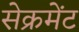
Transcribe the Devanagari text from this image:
सेक्रमेंट